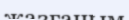
жазғаным